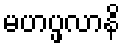
မဟပ္ဖလာနိ